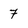
Character: 7